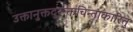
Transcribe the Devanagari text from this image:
उक्तानुक्तदुरूक्तचिन्ताकारितु